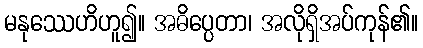
မနုဿေဟိဟူ၍။ အဓိပ္ပေတာ၊ အလိုရှိအပ်ကုန်၏။